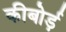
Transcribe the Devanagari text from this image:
कीबोर्ड़